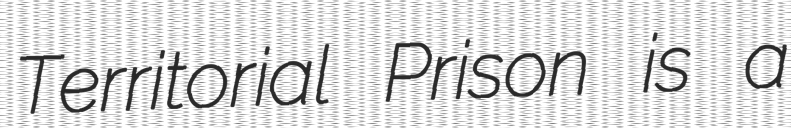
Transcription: Territorial Prison is a